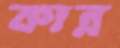
কান্ন